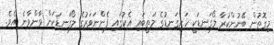
މިގޮތުން ބޭނުންކުރާ ލޯގަނޑަކީ ހަށިގަނޑުގެ މަތީބައި އެކުގައި ފެންނަވަރުގެ ލޯގަނޑަކަށް ވާންވާނެ އެވެ.